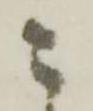
こ